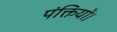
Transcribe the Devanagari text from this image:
पंक्तियों।